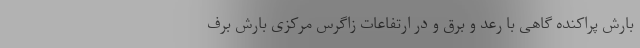
بارش پراکنده گاهی با رعد و برق و در ارتفاعات زاگرس مرکزی بارش برف